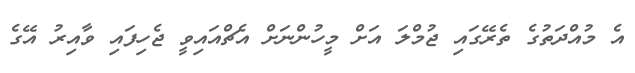
އެ މުއްދަތުގެ ތެރޭގައި ޖުމްލަ އަށް މީހުންނަށް އެޗްއައިވީ ޖެހިފައި ވާއިރު އޭގެ